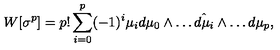
W [ \sigma ^ { p } ] = p ! \sum _ { i = 0 } ^ { p } ( - 1 ) ^ { i } \mu _ { i } d \mu _ { 0 } \wedge \dots \hat { d \mu _ { i } } \wedge \dots d \mu _ { p } ,